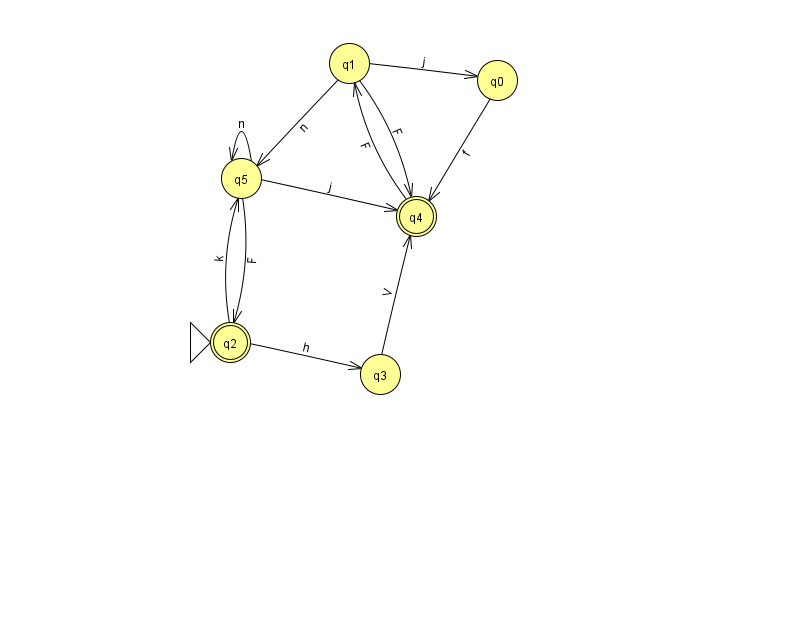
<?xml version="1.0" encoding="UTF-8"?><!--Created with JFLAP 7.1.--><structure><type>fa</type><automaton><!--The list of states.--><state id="0" name="q0"><x>497.0</x><y>67.0</y></state><state id="1" name="q1"><x>349.0</x><y>50.0</y></state><state id="2" name="q2"><x>230.0</x><y>329.0</y><initial/><final/></state><state id="3" name="q3"><x>380.0</x><y>361.0</y></state><state id="4" name="q4"><x>416.0</x><y>203.0</y><final/></state><state id="5" name="q5"><x>241.0</x><y>165.0</y></state><!--The list of transitions.--><transition><from>1</from><to>4</to><read>F</read></transition><transition><from>4</from><to>1</to><read>F</read></transition><transition><from>0</from><to>4</to><read>f</read></transition><transition><from>2</from><to>5</to><read>k</read></transition><transition><from>1</from><to>5</to><read>n</read></transition><transition><from>1</from><to>0</to><read>j</read></transition><transition><from>3</from><to>4</to><read>V</read></transition><transition><from>5</from><to>4</to><read>j</read></transition><transition><from>2</from><to>3</to><read>h</read></transition><transition><from>5</from><to>2</to><read>F</read></transition><transition><from>5</from><to>5</to><read>n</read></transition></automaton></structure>